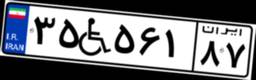
۸۶W۵۸۸۶۶